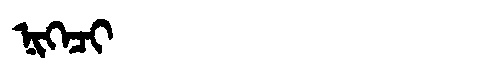
Manchu: ᠨᡳᡴᡝᠴᡳ
Romanization: NIKECI